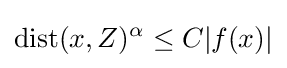
\operatorname {dist} (x,Z)^{\alpha }\leq C|f(x)|